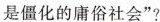
是僵化的庸俗社会”?